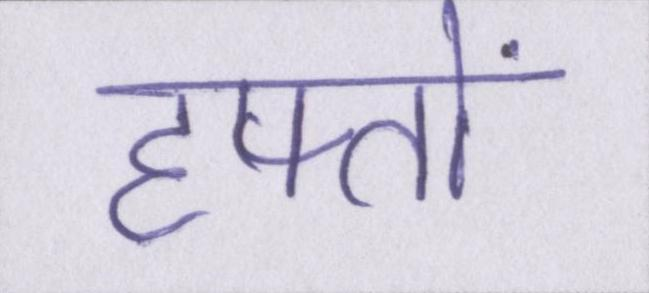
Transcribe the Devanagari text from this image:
हफ्तों